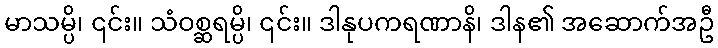
မာသမ္ပိ၊ ၎င်း။ သံဝစ္ဆရမ္ပိ၊ ၎င်း။ ဒါနုပကရဏာနိ၊ ဒါန၏ အဆောက်အဦ